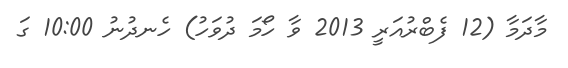
މާދަމާ (12 ފެބްރުއަރީ 2013 ވާ ހޯމަ ދުވަހު) ހެނދުނު 10:00 ގަ